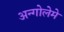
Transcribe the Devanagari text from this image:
अन्गोलेमे